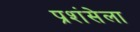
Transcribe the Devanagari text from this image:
प्रशंसेला